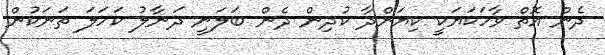
ދެން އޮތް ވާހަކަޔަކީ ކިޔަންދާ ކުދިން ދެން ބަލަނީ ދަނާލު ކަހަލަ ތަނަކުން